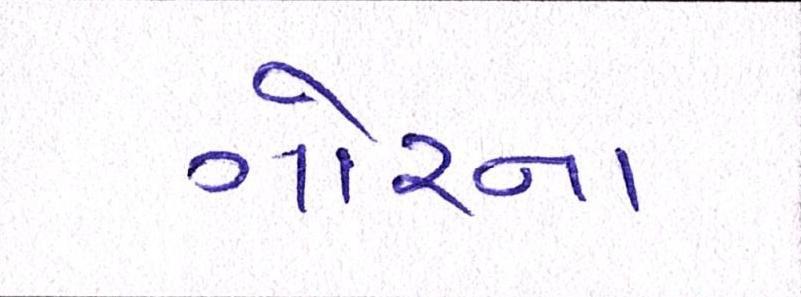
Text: ગોરના